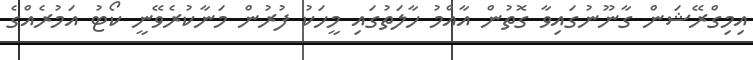
އިމިގްރޭޝަން ގާނޫނުގައިވާ ގޮތުން އާއްމު ހާލަތުގައި މީހަކު ފުރުން މަނާކުރެވޭނީ ކޯޓު އަމުރެއްގެ